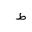
Letter: _da